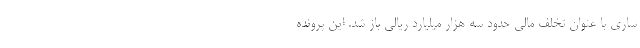
ساری با عنوان تخلف مالی حدود سه هزار میلیارد ریالی باز شد. این پرونده